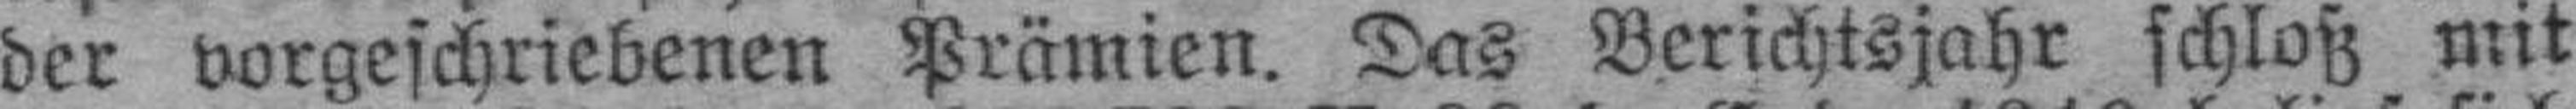
der vorgeschriebenen Prämien. Das Berichtsjahr schloß mit